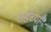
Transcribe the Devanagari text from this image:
संडेच्या